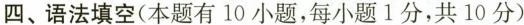
四、语法填空(本题有10小题,每小题1分,共10分)